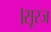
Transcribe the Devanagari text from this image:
।सूरज